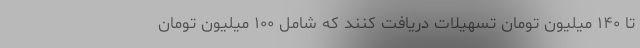
تا ۱۴۰ میلیون تومان تسهیلات دریافت کنند که شامل ۱۰۰ میلیون تومان